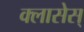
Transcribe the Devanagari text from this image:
क्लासेस्